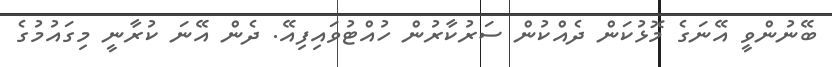
ބޭނުންވީ އޭނަގެ މޮޅުކަން ދެއްކުން ސަރުކާރުން ހުއްޓުވައިފިއޭ. ދެން އޭނަ ކުރާނީ މިގައުމުގެ